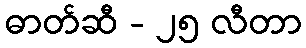
ဓာတ်ဆီ - ၂၅ လီတာ